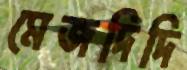
মেজদিদি